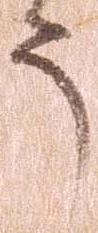
う